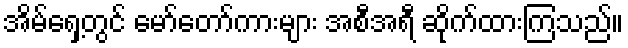
အိမ်ရှေ့တွင် မော်တော်ကားများ အစီအရီ ဆိုက်ထားကြသည်။